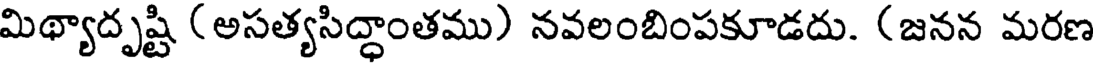
మిథ్యాదృష్టి (అసత్యసిద్ధాంతము) నవలంబింపకూడదు. (జనన మరణ